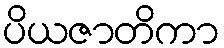
ပိယဇာတိကာ